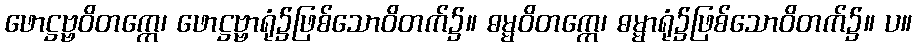
ဖောဋ္ဌဗ္ဗဝိတက္ကေ၊ ဖောဋ္ဌဗ္ဗာရုံ၌ဖြစ်သောဝိတက်၌။ ဓမ္မဝိတက္ကေ၊ ဓမ္မာရုံ၌ဖြစ်သောဝိတက်၌။ ပ။